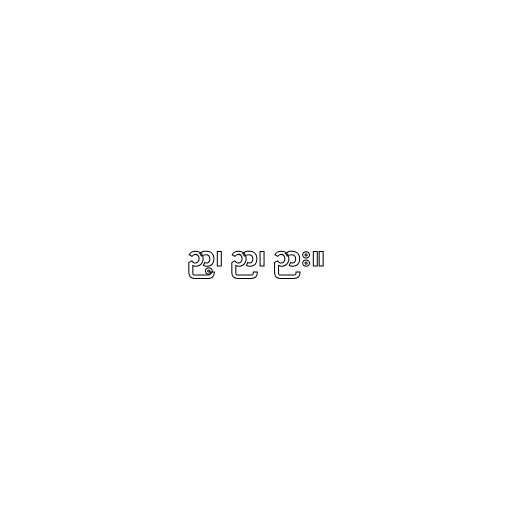
ဉာ့၊ ဉာ၊ ဉား။